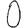
Digit: 0